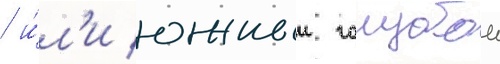
/ и́л'и южныи голубои